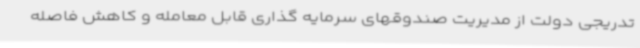
تدریجی دولت از مدیریت صندوقهای سرمایه گذاری قابل معامله و کاهش فاصله